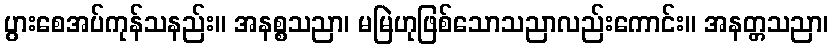
ပွားစေအပ်ကုန်သနည်း။ အနစ္စသညာ၊ မမြဲဟုဖြစ်သောသညာလည်းကောင်း။ အနတ္တသညာ၊